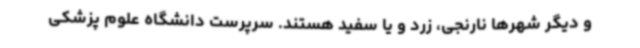
و دیگر شهرها نارنجی، زرد و یا سفید هستند. سرپرست دانشگاه علوم پزشکی